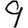
Digit: 9